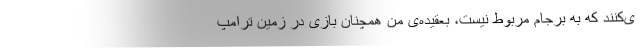
ی‌کنند که به برجام مربوط نیست، بعقیده‌ی من همچنان بازی در زمین ترامپ